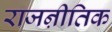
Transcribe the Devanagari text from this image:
राजऩीतिक